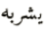
يشربه